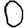
Digit: 0